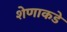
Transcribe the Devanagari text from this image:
शेणाकडे